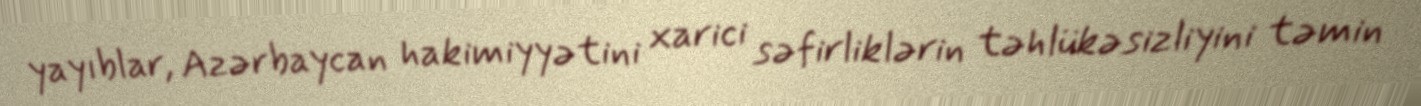
yayıblar, Azərbaycan hakimiyyətini xarici səfirliklərin təhlükəsizliyini təmin